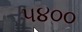
૫૪૦૦